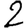
Digit: 2